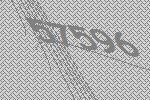
57596